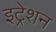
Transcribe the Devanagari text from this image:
इट्रेशन